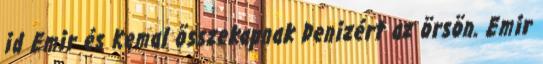
id Emir és Kemal összekapnak Denizért az örsön. Emir